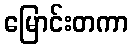
မြောင်းတကာ